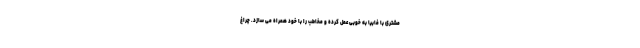
مشتری با فابیا به خوبی عمل کرده و مخاطب را با خود همراه می سازد. چراغ